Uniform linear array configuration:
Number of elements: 24
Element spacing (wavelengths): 0.5
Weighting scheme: hamming
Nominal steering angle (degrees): -45
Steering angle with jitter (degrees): -43.873
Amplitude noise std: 0.05
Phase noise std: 0.05

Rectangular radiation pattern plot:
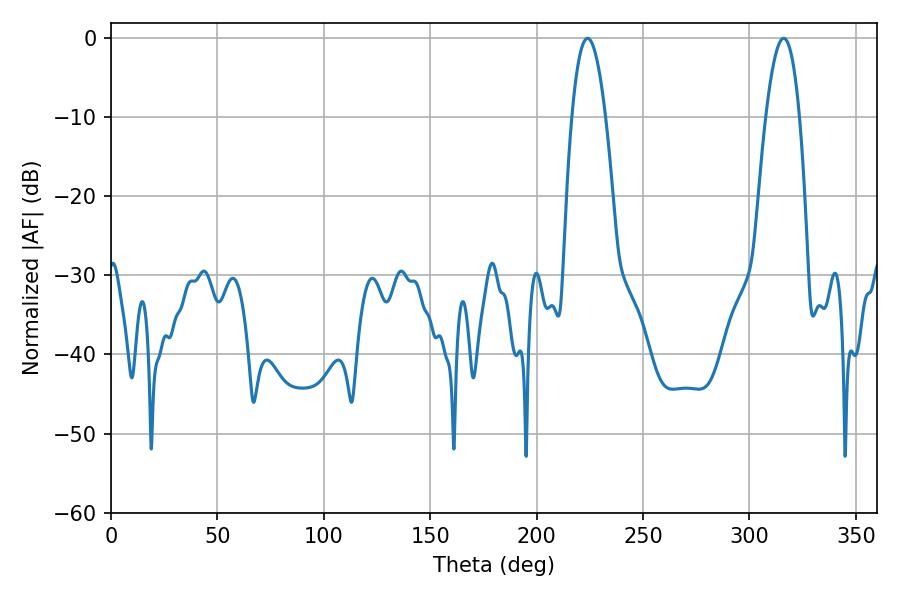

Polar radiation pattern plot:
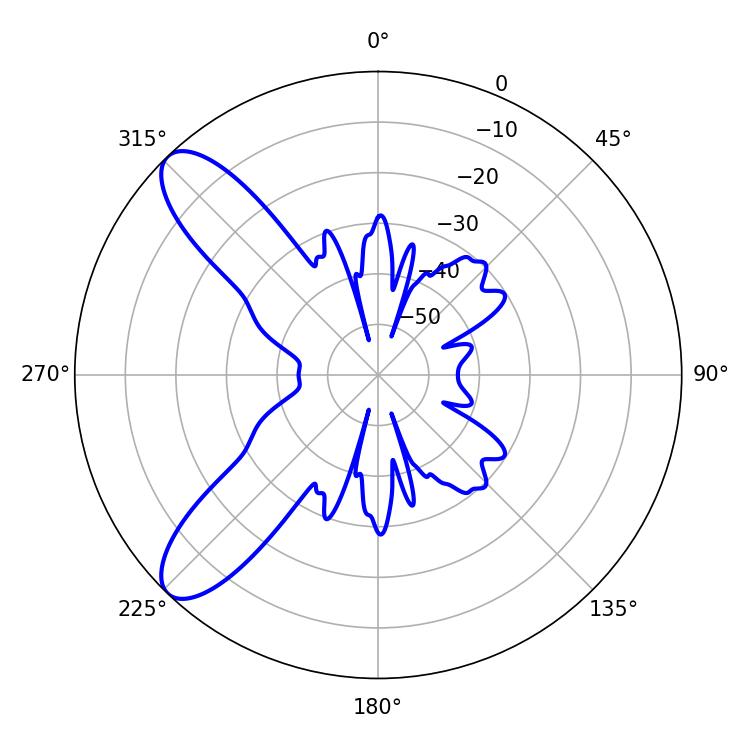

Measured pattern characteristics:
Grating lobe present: FALSE
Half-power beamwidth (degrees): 8.64
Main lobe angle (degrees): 223.92